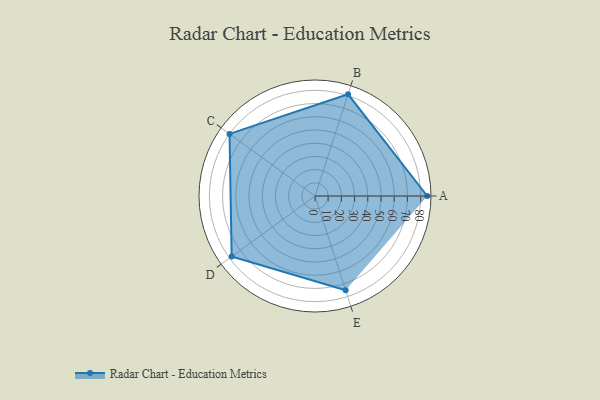
{"axis": {"x": "Skill", "y": "Score"}, "legend": ["Profile"], "data": [{"x": "A", "y": 85.0, "type": "Profile"}, {"x": "B", "y": 81.0, "type": "Profile"}, {"x": "C", "y": 80.0, "type": "Profile"}, {"x": "D", "y": 78.0, "type": "Profile"}, {"x": "E", "y": 75.0, "type": "Profile"}]}